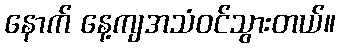
နောက် နေ့ကျအသံဝင်သွားတယ်။